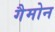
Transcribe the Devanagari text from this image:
गैमोन